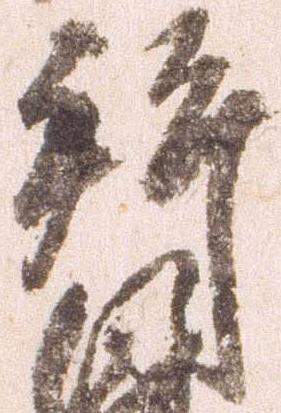
拝